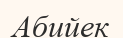
Абийек